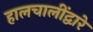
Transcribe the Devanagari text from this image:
हालचालींद्वारे